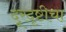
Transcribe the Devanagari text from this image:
दूरदृष्टीचा